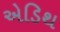
એડિથ